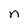
Character: n